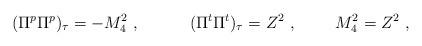
LaTeX: \begin{align*}(\Pi^p \Pi^p)_\tau =- M_4^2\ , \ \ \ \qquad (\Pi^t \Pi^t)_\tau= Z^2 \ ,\ \qquad M^2_4 = Z^2 \ ,\end{align*}